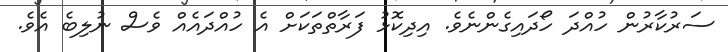
ސަރުކާރުން ހުއްދަ ހޯދައިގެންނެވެ. އިދިކޮޅު ފަރާތްތަކަށް އެ ހުއްދައެއް ވެސް ނުލިބެ އެވެ.